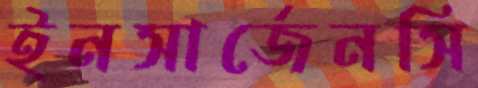
ইনসার্জেনসি